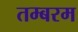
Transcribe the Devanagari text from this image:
तम्बरम